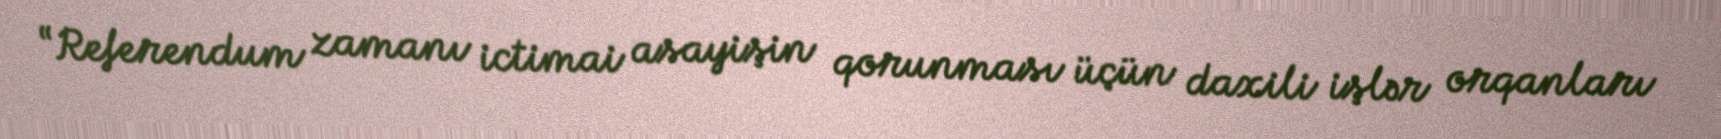
“Referendum zamanı ictimai asayişin qorunması üçün daxili işlər orqanları